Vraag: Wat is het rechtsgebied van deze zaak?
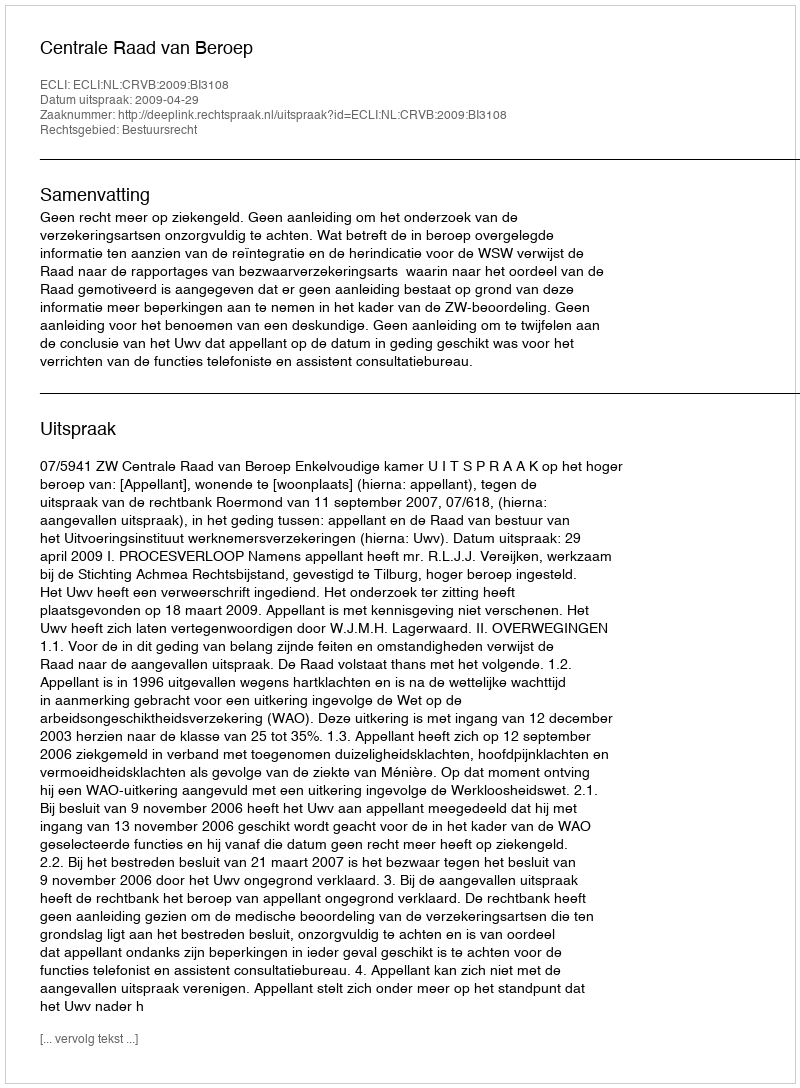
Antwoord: Bestuursrecht